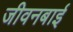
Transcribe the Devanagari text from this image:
जीवनबाई